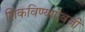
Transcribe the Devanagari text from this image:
शिकविण्याऐवजी